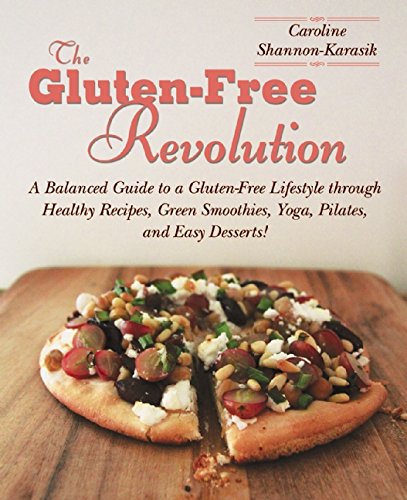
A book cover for The Gluten-Free Revolution: A Balanced Guide to a Gluten-Free Lifestyle through Healthy Recipes, Green Smoothies, Yoga, Pilates, and Easy Desserts!; Caroline Shannon-Karasik; Health, Fitness & Dieting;